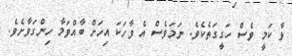
ވާ ކަމީ ވެސް ހަގީގަތެކެވެ. ނަމަވެސް އެ ވާހަކަ އިހަށް ބާއްވަމާ ހިންގަވާށެވެ.